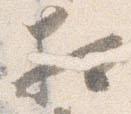
相